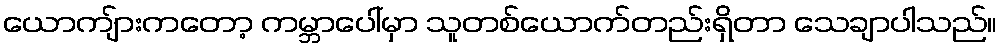
ယောကျ်ားကတော့ ကမ္ဘာပေါ်မှာ သူတစ်ယောက်တည်းရှိတာ သေချာပါသည်။